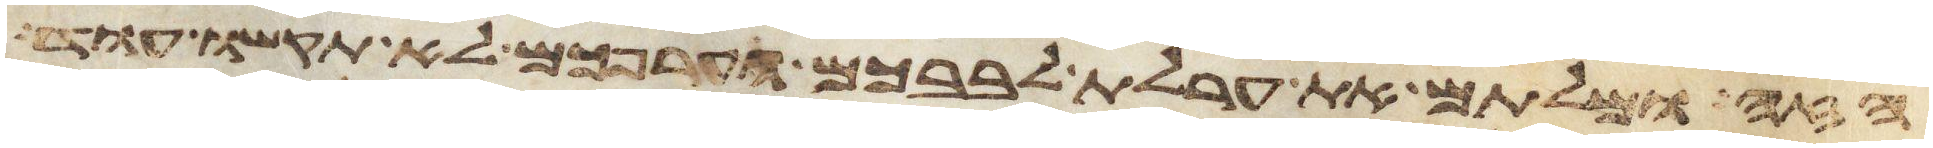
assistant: הזה ומלתם את ערלת לבבכם וערפכם לא תקשו עוד